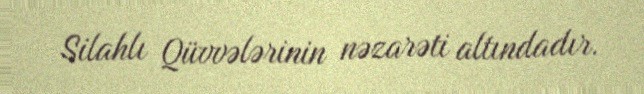
Silahlı Qüvvələrinin nəzarəti altındadır.